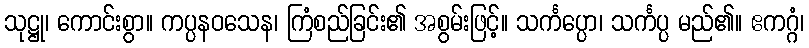
သုဋ္ဌု၊ ကောင်းစွာ။ ကပ္ပနဝသေန၊ ကြံစည်ခြင်း၏ အစွမ်းဖြင့်။ သင်္ကပ္ပော၊ သင်္ကပ္ပ မည်၏။ ဧကဂ္ဂံ၊